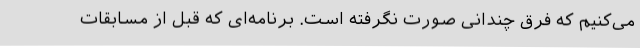
می‌کنیم که فرق چندانی صورت نگرفته است. برنامه‌ای که قبل از مسابقات